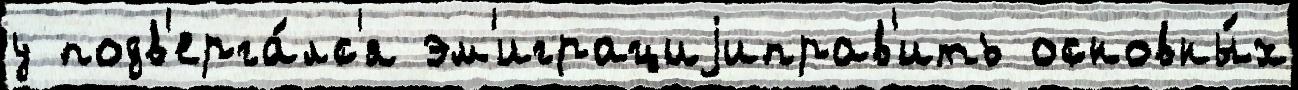
у подв'ерга́лс'я эм'играциjиправ'ить основны́х